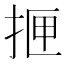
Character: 𰓫